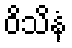
ဝိသိနံ